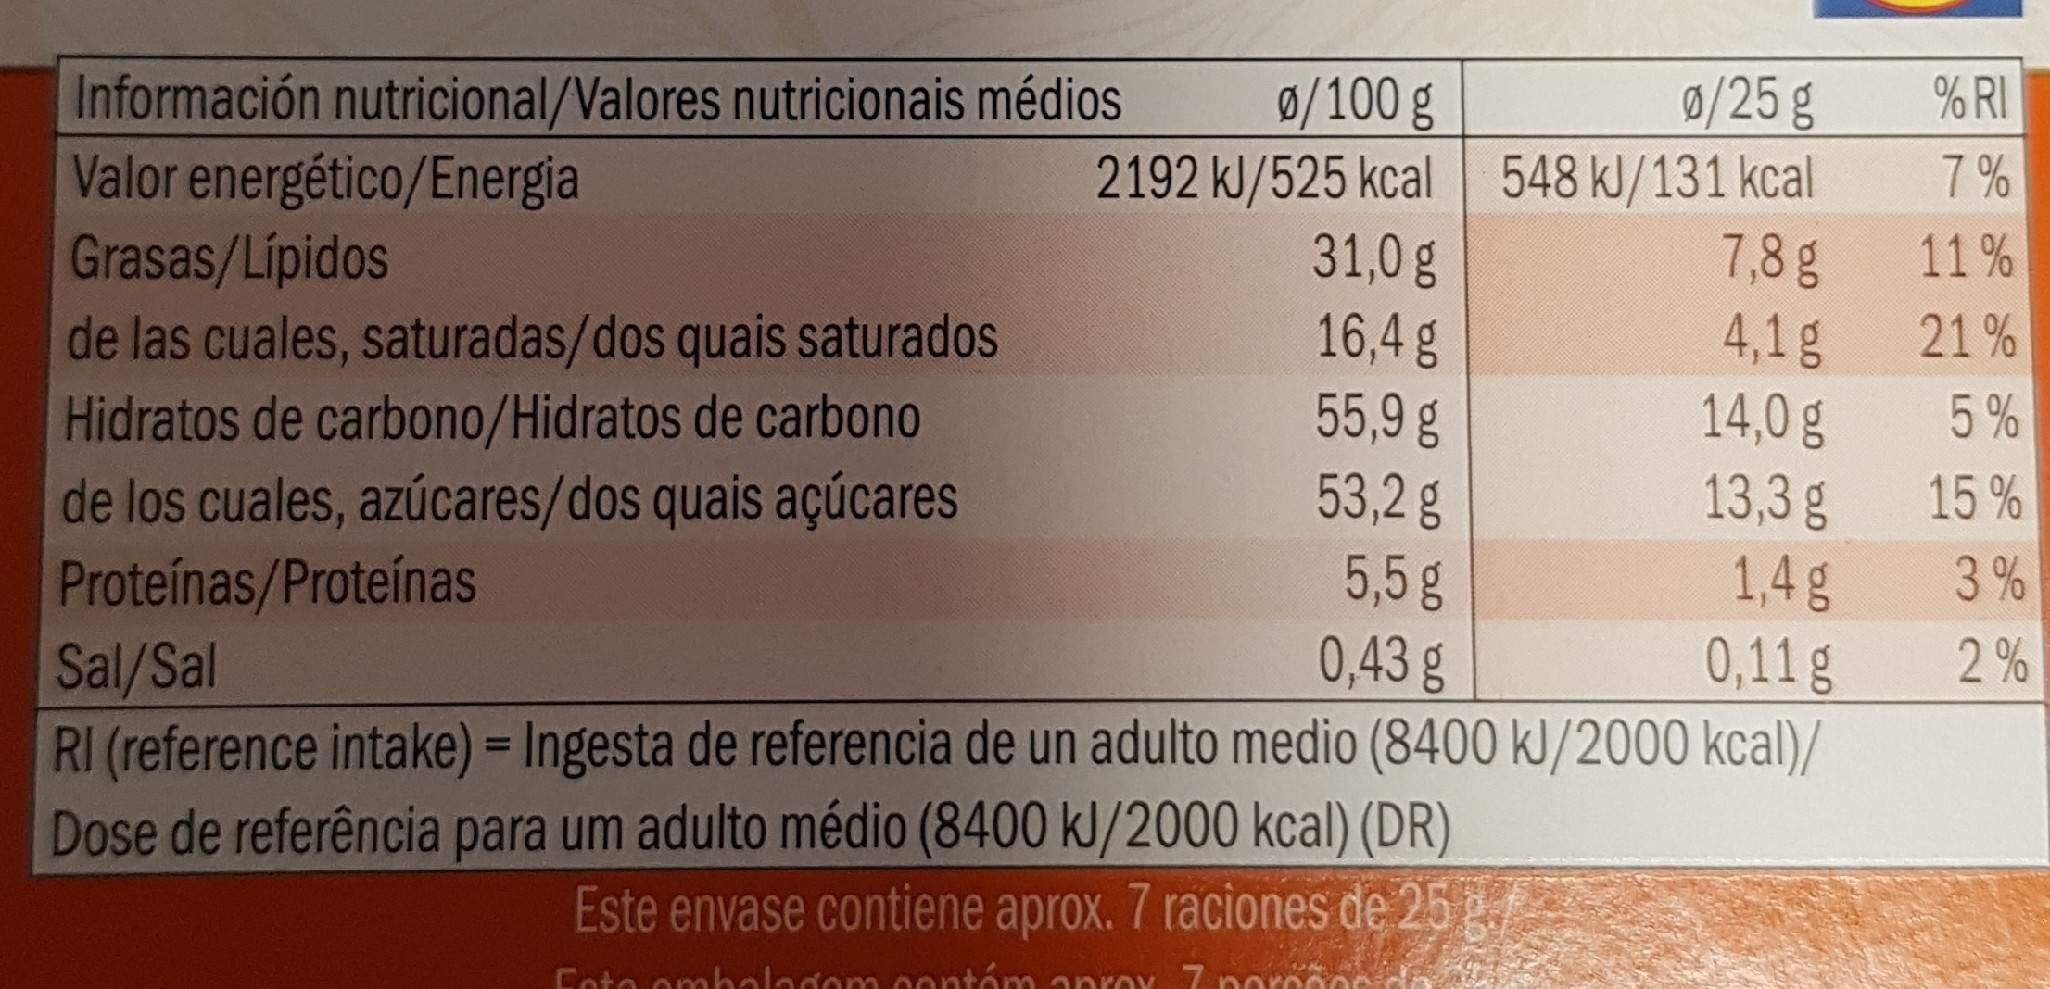
Información nutricional/Valores nutricionais médios Valor energético/Energia Grasas/Lípidos de las cuales, saturadas/dos quais saturados Hidratos de carbono/Hidratos de carbono de los cuales, azúcares/dos quais açúcares Proteínas/Proteínas Sal/Sal RI (reference intake) = Ingesta de referencia de un adulto medio (8400 kJ/2000 kcal)/ Dose de referência para um adulto médio (8400 kJ/2000 kcal) (DR)
0/25 g 2192 kJ/525 kcal 548 kJ/131 kcal 7,8 g 4,1g 14,0 g 13,3 g 1,4g
0/100g
% RI
7 %
31,0g 16,4 g 55,9 g 53,2 g
11 %
21 %
5%
15 %
5,5g
3%
0,43 g
0,11g
2 %
%3D
Este envase contiene aprox. 7 raciones de 25
Coto ombalagom oontá aproy 7 porecoe